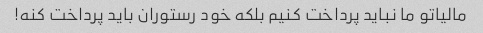
مالیاتو ما نباید پرداخت کنیم بلکه خود رستوران باید پرداخت کنه!